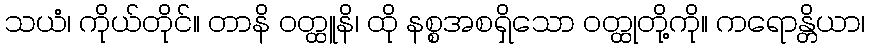
သယံ၊ ကိုယ်တိုင်။ တာနိ ဝတ္ထူနိ၊ ထို နစ္စအစရှိသော ဝတ္ထုတို့ကို။ ကရောန္တိယာ၊